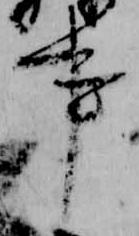
事